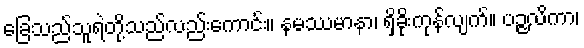
ခြေသည်သူရဲတို့သည်လည်းကောင်း။ နမဿမာနာ၊ ရှိခိုးကုန်လျက်။ ပဉ္ဇလိကာ၊